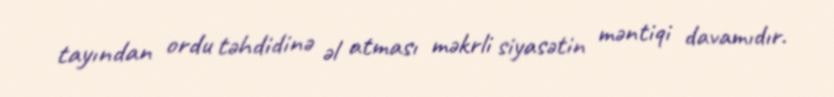
tayından ordu təhdidinə əl atması məkrli siyasətin məntiqi davamıdır.